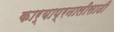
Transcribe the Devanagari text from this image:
कार्याप्रनालीसाठी